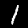
Digit: 1